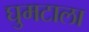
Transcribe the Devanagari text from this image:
घुमटाला